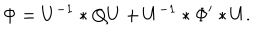
LaTeX: \Phi = U ^ { - 1 } \ast Q U + U ^ { - 1 } \ast \Phi ^ { \prime } \ast U .